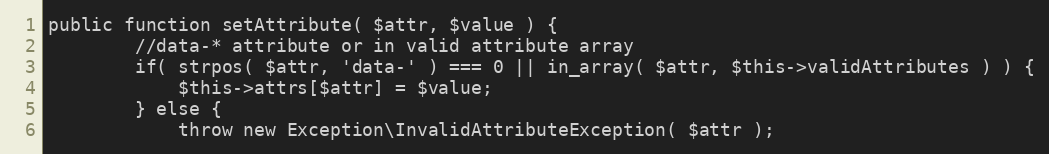
Language: PHP
public function setAttribute( $attr, $value ) {
        //data-* attribute or in valid attribute array
        if( strpos( $attr, 'data-' ) === 0 || in_array( $attr, $this->validAttributes ) ) {
            $this->attrs[$attr] = $value;
        } else {
            throw new Exception\InvalidAttributeException( $attr );